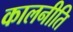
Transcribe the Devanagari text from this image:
कालनीति